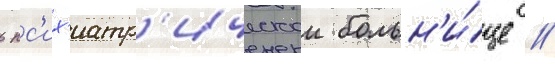
в пс'их'иатр'ическои больн'и́це //